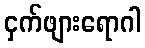
ငှက်ဖျားရောဂါ